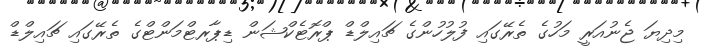
މިދިޔަ ޖެނުއަރީ މަހުގެ ތެރޭގައި ފުލުހުންގެ ޗައިލްޑް ޕްރޮޓެކްޝަން ޑިޕާރޓްމަންޓްގެ ތެރޭގައި ޗައިލްޑް